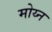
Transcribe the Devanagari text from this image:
मोय्न